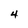
Character: 4